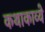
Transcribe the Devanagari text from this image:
कथाकाव्ये